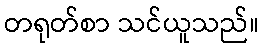
တရုတ်စာ သင်ယူသည်။